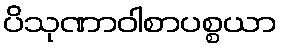
ပိသုဏာဝါစာပစ္စယာ